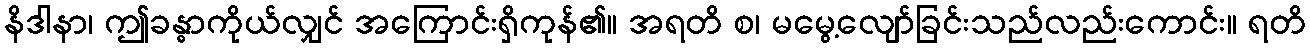
နိဒါနာ၊ ဤခန္ဓာကိုယ်လျှင် အကြောင်းရှိကုန်၏။ အရတိ စ၊ မမွေ့လျော်ခြင်းသည်လည်းကောင်း။ ရတိ